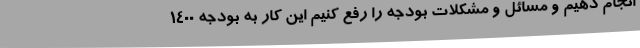
انجام دهیم و مسائل و مشکلات بودجه را رفع کنیم این کار به بودجه 1400